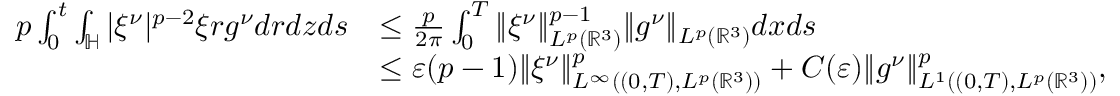
\begin{array} { r l } { p \int _ { 0 } ^ { t } \int _ { \mathbb { H } } | \xi ^ { \nu } | ^ { p - 2 } \xi r g ^ { \nu } d r d z d s } & { \leq \frac { p } { 2 \pi } \int _ { 0 } ^ { T } \| \xi ^ { \nu } \| _ { L ^ { p } ( \mathbb { R } ^ { 3 } ) } ^ { p - 1 } \| g ^ { \nu } \| _ { L ^ { p } ( \mathbb { R } ^ { 3 } ) } d x d s } \\ & { \leq \varepsilon ( p - 1 ) \| \xi ^ { \nu } \| _ { L ^ { \infty } ( ( 0 , T ) , L ^ { p } ( \mathbb { R } ^ { 3 } ) ) } ^ { p } + C ( \varepsilon ) \| g ^ { \nu } \| _ { L ^ { 1 } ( ( 0 , T ) , L ^ { p } ( \mathbb { R } ^ { 3 } ) ) } ^ { p } , } \end{array}